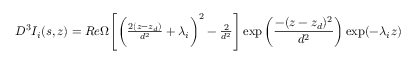
\begin{array} { r } { D ^ { 3 } I _ { i } ( s , z ) = R e \Omega \Bigg [ \bigg ( \frac { 2 ( z - z _ { d } ) } { d ^ { 2 } } + \lambda _ { i } \bigg ) ^ { 2 } - \frac { 2 } { d ^ { 2 } } \Bigg ] \exp \bigg ( \displaystyle \frac { - ( z - z _ { d } ) ^ { 2 } } { d ^ { 2 } } \bigg ) \exp ( - \lambda _ { i } z ) } \end{array}